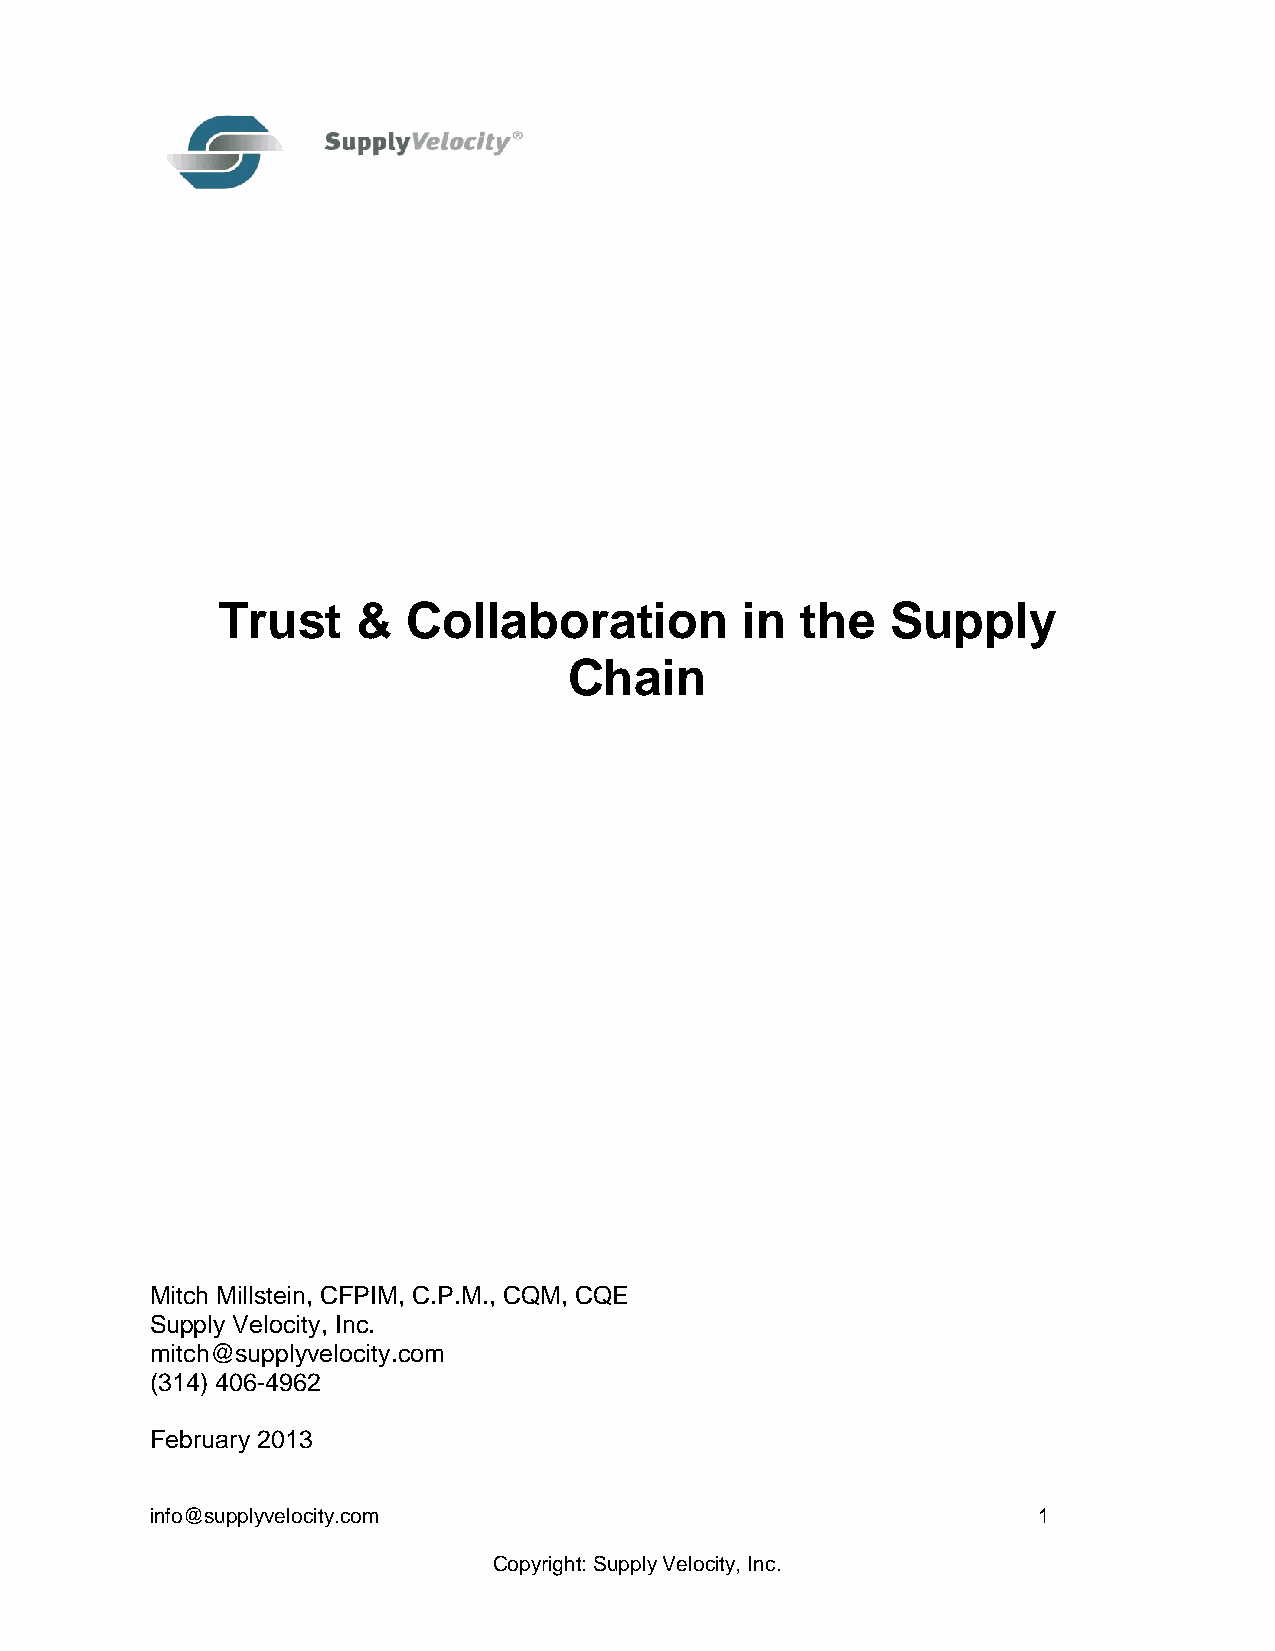
Trust     &  Collaboration         in  the   Supply
 Chain
 Mitch Millstein, CFPIM, C.P.M., CQM, CQE
 Supply Velocity, Inc.
 mitch@supplyvelocity.com
 (314) 406-4962
 February 2013
 info@supplyvelocity.com                                    1
 Copyright: Supply Velocity, Inc.